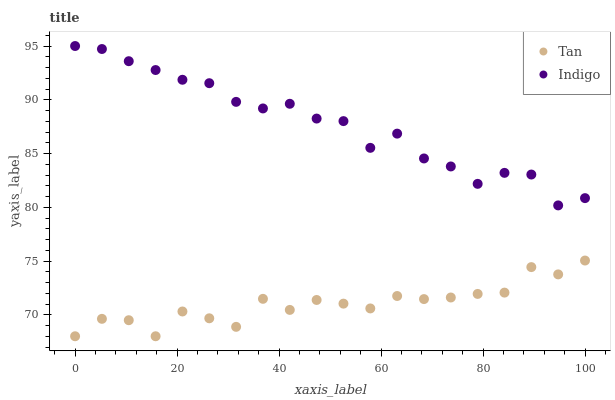
| xaxis_label | Tan | Indigo |
 | --- | --- | --- |
 | 0 | 68 | 95 |
 | 5.26 | 69.6 | 94.7 |
 | 10.5 | 69.5 | 93.6 |
 | 15.8 | 68 | 92.8 |
 | 21.1 | 70.3 | 91.9 |
 | 26.3 | 69.7 | 91.5 |
 | 31.6 | 68.9 | 89.8 |
 | 36.8 | 71.5 | 89.2 |
 | 42.1 | 70.5 | 89.6 |
 | 47.4 | 71.4 | 88.3 |
 | 52.6 | 71 | 88 |
 | 57.9 | 70.6 | 85.5 |
 | 63.2 | 71.7 | 86.8 |
 | 68.4 | 71.5 | 84.5 |
 | 73.7 | 71.6 | 83.8 |
 | 78.9 | 71.9 | 82.2 |
 | 84.2 | 72.1 | 83.2 |
 | 89.5 | 74.4 | 83 |
 | 94.7 | 73.8 | 80.2 |
 | 100 | 75 | 80.8 |